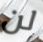
لن